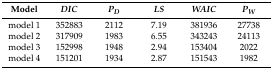
<table><thead><tr><td><b>Model</b></td><td><b><i>DIC</i></b></td><td><b><i>P<sub>D</sub></i></b></td><td><b><i>LS</i></b></td><td><b><i>WAIC</i></b></td><td><b><i>P<sub>W</sub></i></b></td></tr></thead><tbody><tr><td>model 1</td><td>352883</td><td>2112</td><td>7.19</td><td>381936</td><td>27738</td></tr><tr><td>model 2</td><td>317909</td><td>1983</td><td>6.55</td><td>343243</td><td>24113</td></tr><tr><td>model 3</td><td>152998</td><td>1948</td><td>2.94</td><td>153404</td><td>2022</td></tr><tr><td>model 4</td><td>151201</td><td>1934</td><td>2.87</td><td>151543</td><td>1982</td></tr></tbody></table>